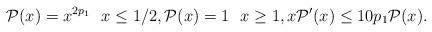
LaTeX: \begin{align*}\mathcal{P}(x) = x^{2p_1}\,\,\,\,x\leq 1/2,\mathcal{P}(x) =1\,\,\,\, x\geq 1,x\mathcal{P}^\prime (x) \leq 10 p_1\mathcal{P}(x).\end{align*}